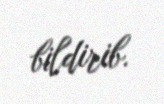
bildirib.